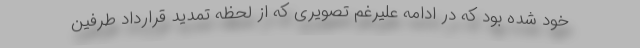
خود شده بود که در ادامه علیرغم تصویری که از لحظه تمدید قرارداد طرفین